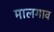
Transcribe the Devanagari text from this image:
मालगाव